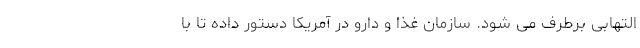
التهابی برطرف می شود. سازمان غذا و دارو در آمریکا دستور داده تا با